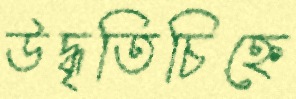
উদ্ধৃতিচিহ্নে